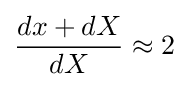
{\frac {dx+dX}{dX}}\approx 2